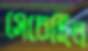
সেচেছিল